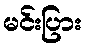
မင်းပြား